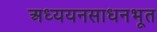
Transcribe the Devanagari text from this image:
अध्ययनसाधनभूत